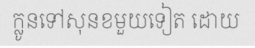
ក្លូនទៅសុនខមួយទៀត ដោយ